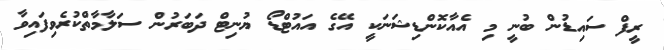
ރީފް ސައިޑުން ބުނީ މި އެއާކޮންޑިޝަނަކީ އޭގެ އައުޓްޑޯ ޔުނިޓް ދަބަރުން ސަލާމާތްކުރެވިފައިވާ